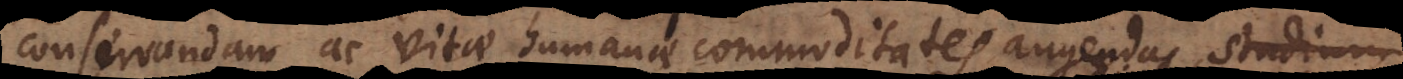
conservandam ac vitae humanae commoditates augendas, studiu